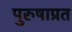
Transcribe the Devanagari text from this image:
पुरुषाप्रत